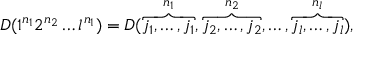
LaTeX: D ( 1 ^ { n _ { 1 } } 2 ^ { n _ { 2 } } \ldots l ^ { n _ { 1 } } ) = D ( \overbrace { j _ { 1 } , \ldots , j _ { 1 } } ^ { n _ { 1 } } , \overbrace { j _ { 2 } , \ldots , j _ { 2 } } ^ { n _ { 2 } } , \ldots , \overbrace { j _ { l } , \ldots , j _ { l } } ^ { n _ { l } } ) ,